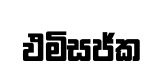
ඵමිසජ්ක